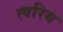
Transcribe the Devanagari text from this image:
त्वरिय